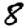
Digit: 8